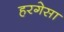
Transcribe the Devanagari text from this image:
हरगेसा